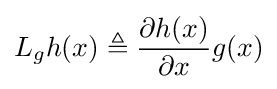
L_{g}h(x)\triangleq {\frac {\partial h(x)}{\partial x}}g(x)